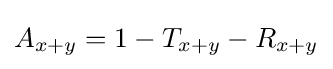
A_{x+y}=1-T_{x+y}-R_{x+y}